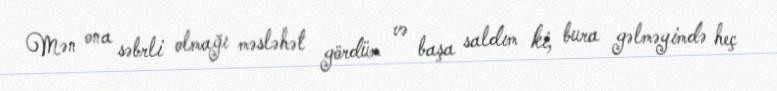
Mən ona səbrli olmağı məsləhət gördüm və başa saldım ki, bura gəlməyimdə heç